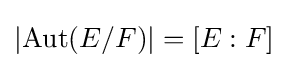
|\!\operatorname {Aut} (E/F)|=[E:F]